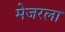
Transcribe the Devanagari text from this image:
मेजरला